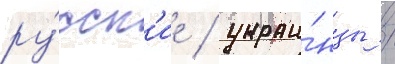
ру́сск'ие / украи́нцы /